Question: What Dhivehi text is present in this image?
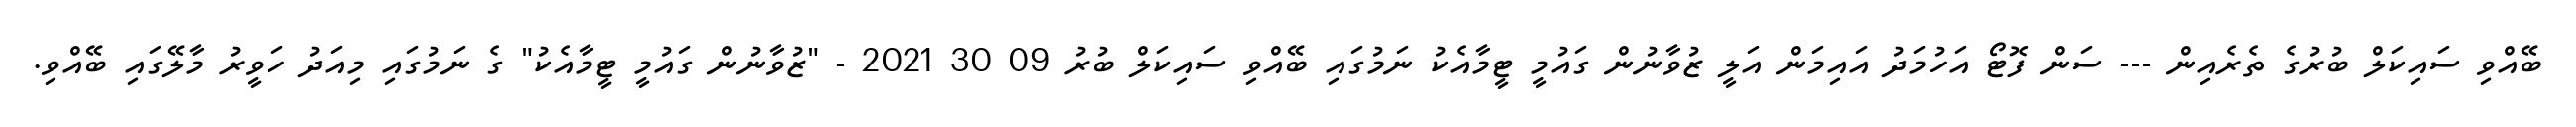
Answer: ބޭއްވި ސައިކަލް ބުރުގެ ތެރެއިން --- ސަން ފޮޓޯ އަހުމަދު އައިމަން އަލީ ޒުވާނުން ގައުމީ ޓީމާއެކު ނަމުގައި ބޭއްވި ސައިކަލް ބުރު 09 30 2021 - "ޒުވާނުން ގައުމީ ޓީމާއެކު" ގެ ނަމުގައި މިއަދު ހަވީރު މާލޭގައި ބޭއްވި.